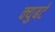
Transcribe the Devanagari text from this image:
क्युबर्ट